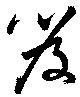
笈